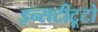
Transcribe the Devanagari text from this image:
इन्सटीटूटो